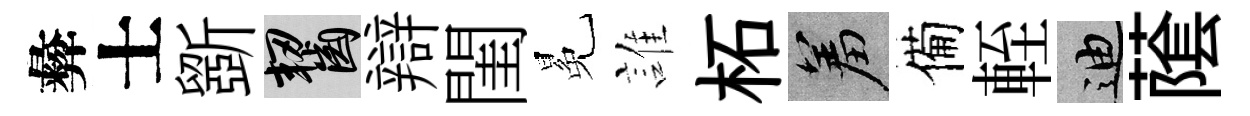
彜士斵齧辯閨冕誰柘羞備輊迪䕃